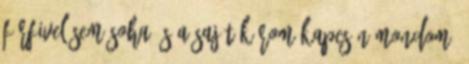
FÉRFIVEL SEM SOHA ÉS A SAJÁT KÁROM KAPCSÁN MONDOM,